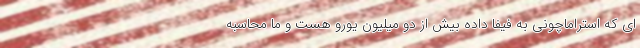
ای که استراماچونی به فیفا داده بیش از دو میلیون یورو هست و ما محاسبه